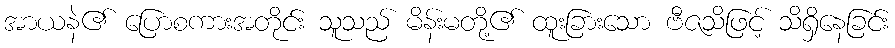
အာယနဲ၏ ပြောစကားအတိုင်း သူသည် မိန်းမတို့၏ ထူးခြားသော ဗီဇသိဖြင့် သိရှိနေခြင်း